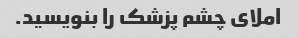
املای چشم پزشک را بنویسید.